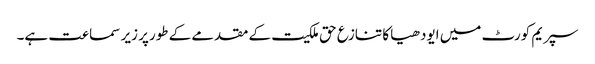
سپریم کورٹ میں ایودھیا کا تنازع حق ملکیت کے مقدمے کے طورپر زیر سماعت ہے۔